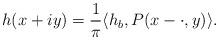
LaTeX: \begin{align*}h(x+iy) = \frac{1}{\pi}\langle h_b, P(x-\cdot, y)\rangle.\end{align*}